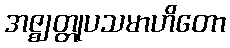
အဇ္ဈတ္တုပသမာဟိတော